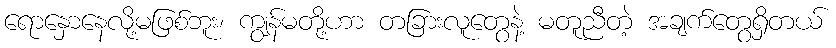
ရောနှောနေလို့မဖြစ်ဘူး၊ ကျွန်မတို့ဟာ တခြားလူတွေနဲ့ မတူညီတဲ့ အချက်တွေရှိတယ်